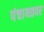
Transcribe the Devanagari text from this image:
पंचायतवर